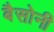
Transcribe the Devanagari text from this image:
बैसोनी